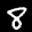
Label: 8